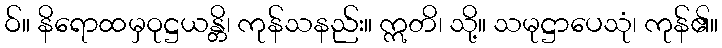
ဝ်။ နိရောထမှဝုဋ္ဌယန္တိ၊ ကုန်သနည်း။ ဣတိ၊ သို့။ သမုဋ္ဌာပေသုံ၊ ကုန်၏။